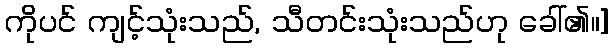
ကိုပင် ကျင့်သုံးသည်, သီတင်းသုံးသည်ဟု ခေါ်၏။]